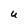
Character: U